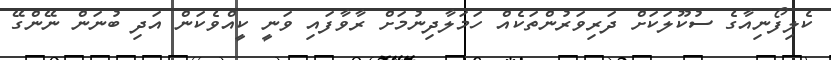
ކެލިފޯނިއާގެ ސުކޫލަކަށް ދަރިވަރުންތަކެއް ހަމަލާދިނުމަށް ރާވާފައި ވަނީ ކީއްވެކަން އަދި ބުނަން ނޭންގޭ